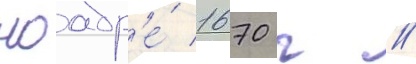
ноабр'е́ 1670 г //